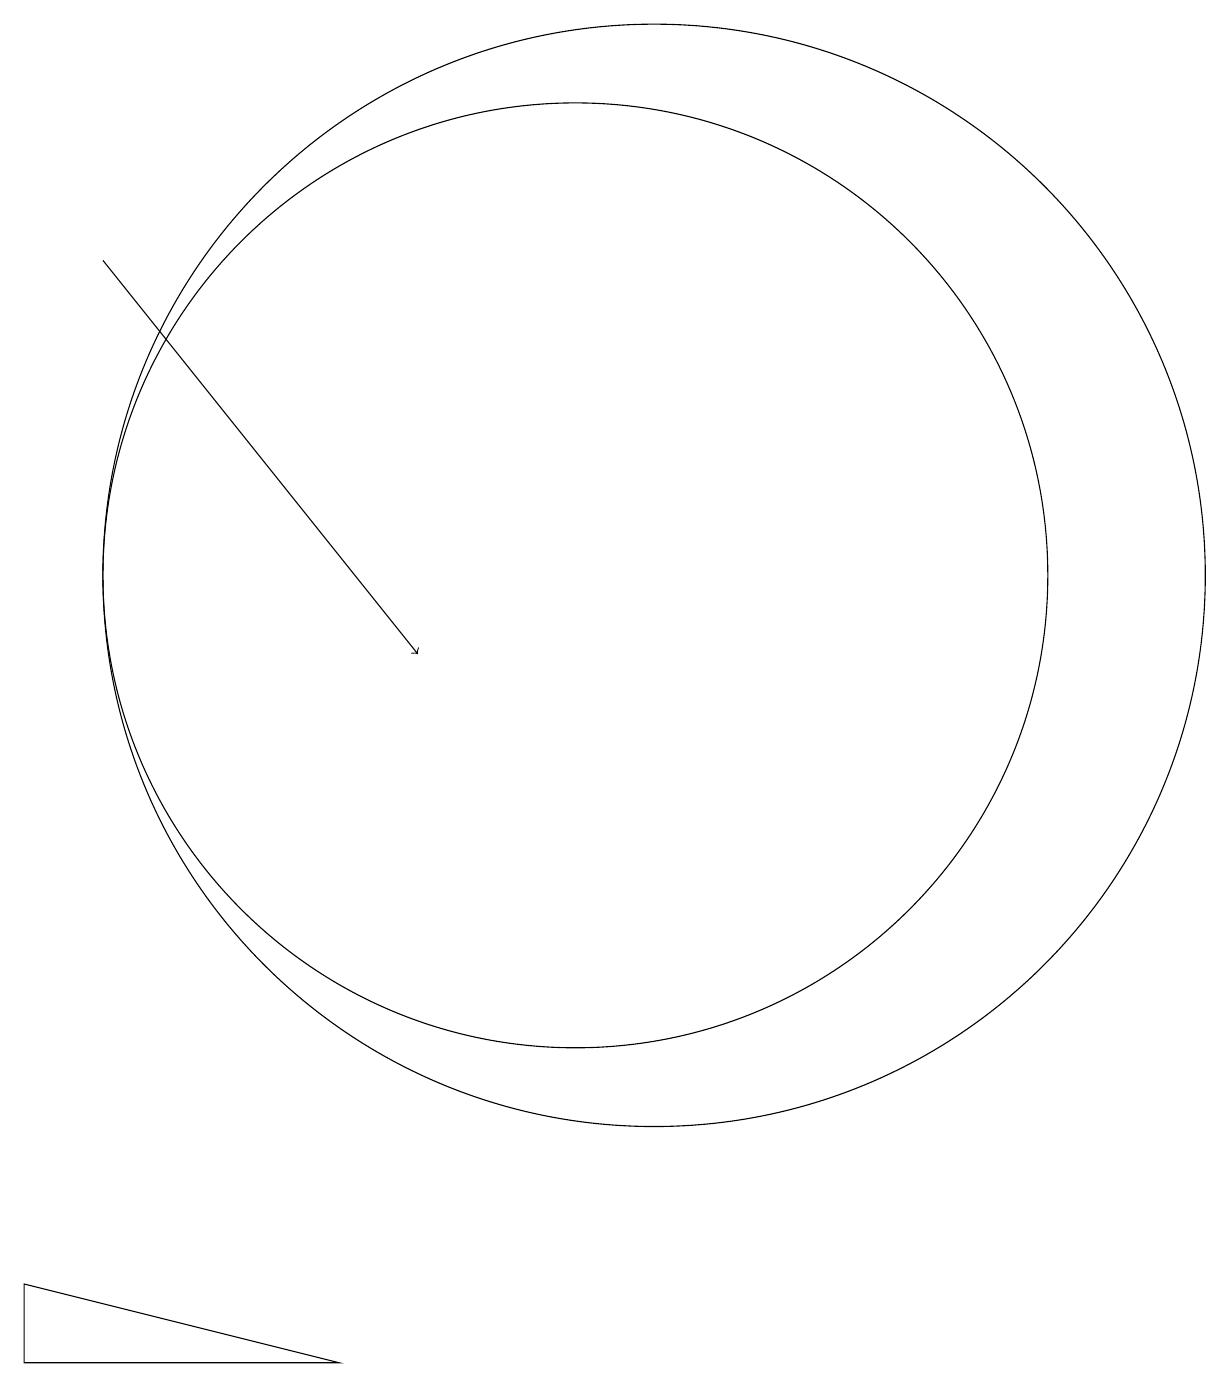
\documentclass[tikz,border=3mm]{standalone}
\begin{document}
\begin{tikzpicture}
\draw (11,11) circle (7);
\draw[->] (4,15) -- (8,10);
\draw (10,11) circle (6);
\draw (3,2) -- (3,1) -- (7,1) -- cycle;
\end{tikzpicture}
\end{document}